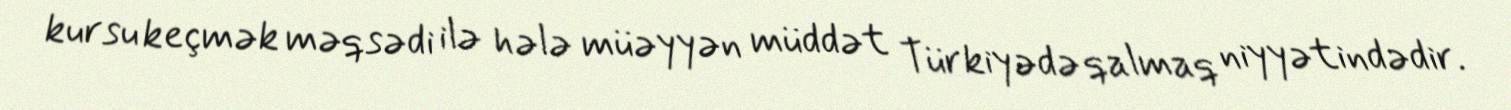
kursu keçmək məqsədi ilə hələ müəyyən müddət Türkiyədə qalmaq niyyətindədir.